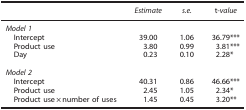
|  | Estimate | s.e. | t-value |
 | --- | --- | --- | --- |
 | <COLSPAN=4> Model 1 |
 | Intercept | 39.00 | 1.06 | 36.79*** |
 | Product use | 3.80 | 0.99 | 3.81*** |
 | Day | 0.23 | 0.10 | 2.28* |
 |  |  |  |  |
 | <COLSPAN=4> Model 2 |
 | Intercept | 40.31 | 0.86 | 46.66*** |
 | Product use | 2.45 | 1.05 | 2.34* |
 | Product use × number of uses | 1.45 | 0.45 | 3.20** |